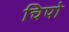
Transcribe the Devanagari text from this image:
चिपो